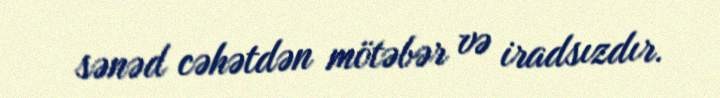
sənəd cəhətdən mötəbər və iradsızdır.